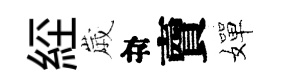
𦀇𡻕目𧶠嬋